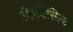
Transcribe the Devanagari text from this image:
किविसिल्ड